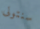
سنتولى